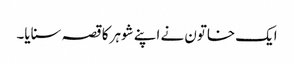
ایک خاتون نے اپنے شوہر کا قصہ سنایا۔